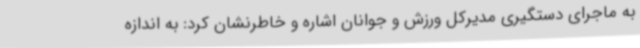
به ماجرای دستگیری مدیرکل ورزش و جوانان اشاره و خاطرنشان کرد: به اندازه